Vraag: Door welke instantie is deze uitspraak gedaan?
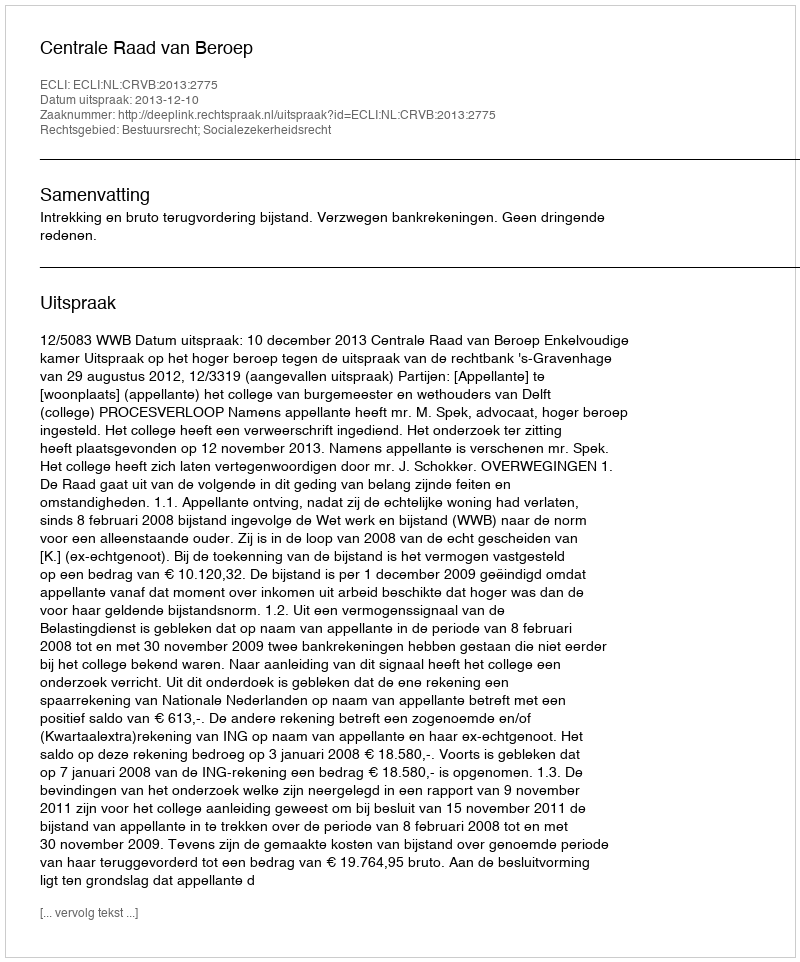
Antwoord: Centrale Raad van Beroep